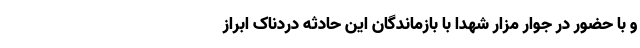
و با حضور در جوار مزار شهدا با بازماندگان این حادثه دردناک ابراز